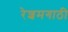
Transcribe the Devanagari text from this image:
रेशमगाठी